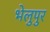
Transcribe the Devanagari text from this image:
भेलुपुर